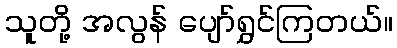
သူတို့ အလွန် ပျော်ရွှင်ကြတယ်။